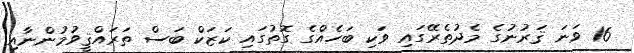
16 ވަނަ ޤަރުނުގެ މެދުތެރޭގައި ވަކި ބަހެއްގެ ގޮތުގައި ކަޒަކް ބަސް ތަރައްޤީވުމުންނާއި